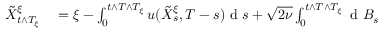
\begin{array} { r l } { \tilde { X } _ { t \wedge T _ { \xi } } ^ { \xi } } & { { } = \xi - \int _ { 0 } ^ { t \wedge T \wedge T _ { \xi } } u ( \tilde { X } _ { s } ^ { \xi } , T - s ) \textrm { d } s + \sqrt { 2 \nu } \int _ { 0 } ^ { t \wedge T \wedge T _ { \xi } } \textrm { d } B _ { s } } \end{array}